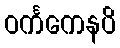
ဝင်္ကကေနပိ